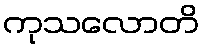
ကုသလောတိ